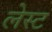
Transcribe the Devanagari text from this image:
लेस्ट